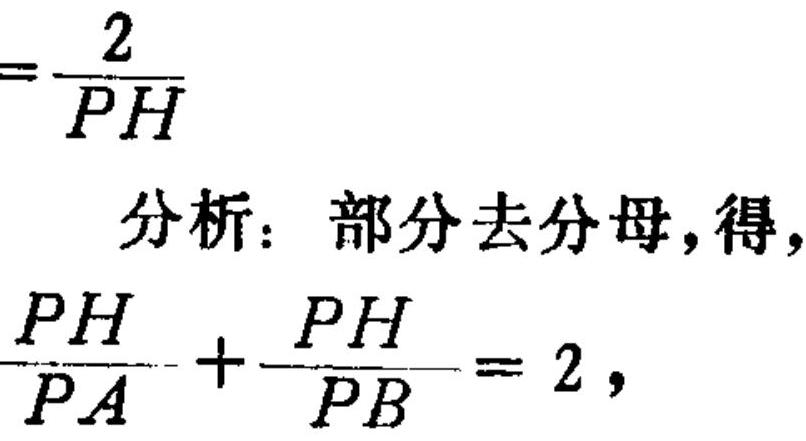
$=\frac{2}{PH}$
分析：部分去分母，得，
$\frac{PH}{PA}+\frac{PH}{PB}=2,$